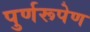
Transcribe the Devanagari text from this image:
पुर्णरूपेण